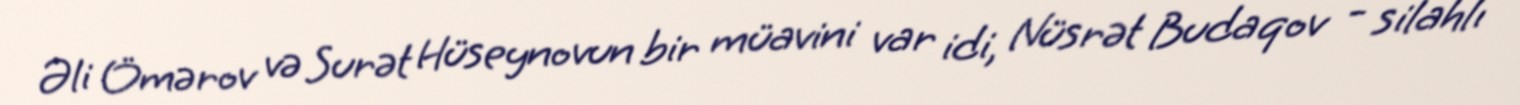
Əli Ömərov və Surət Hüseynovun bir müavini var idi, Nüsrət Budaqov - silahlı